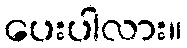
ပေးပါလား။